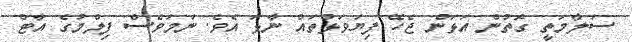
ސަލާމަތީ ގޮތުން އަޅަން ޖެހޭ ފިޔަވަޅުތައް ނާޅަ އެވެ. ނަމަވެސް ފިލްމުގެ އާޓް